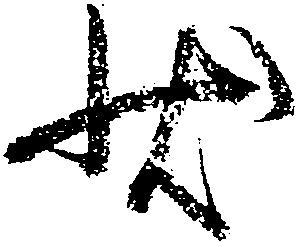
状